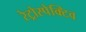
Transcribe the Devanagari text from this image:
रेट्रोस्‍पेक्टिव